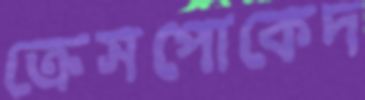
ক্রেসপোকেদ